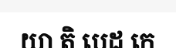
យា តិ បេដ កេ